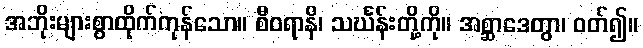
အဘိုးများစွာထိုက်ကုန်သော။ စီဝရာနိ၊ သင်္ဃန်းတို့ကို။ အစ္ဆာဒေတွာ၊ ဝတ်၍။